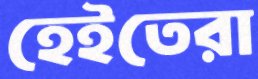
হেইতেরা